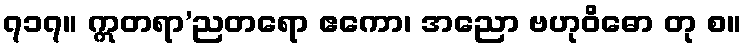
၇၁၇။ ဣတရာ’ညတရော ဧကော၊ အညော ဗဟုဝိဓော တု စ။